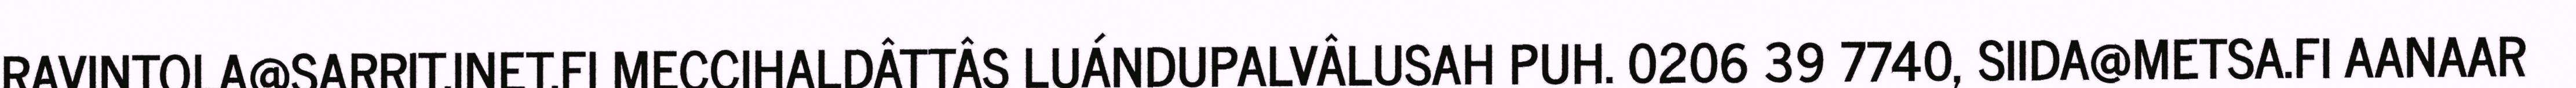
RAVINTOLA@SARRIT.INET.FI MECCIHALDÂTTÂS LUÁNDUPALVÂLUSAH PUH. 0206 39 7740, SIIDA@METSA.FI AANAAR